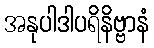
အနုပါဒါပရိနိဗ္ဗာနံ